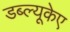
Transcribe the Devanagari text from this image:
डब्ल्यूकेए